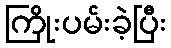
ကြိုးပမ်းခဲ့ပြီး